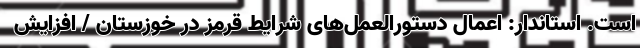
است. استاندار: اعمال دستورالعمل‌های شرایط قرمز در خوزستان / افزایش